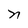
Character: n